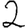
Digit: 2